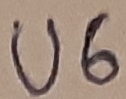
Text: U6